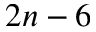
2 n - 6